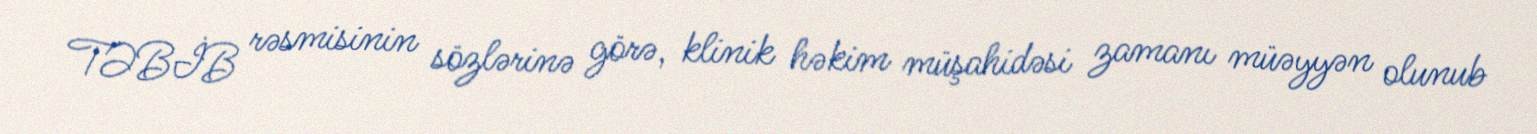
TƏBİB rəsmisinin sözlərinə görə, klinik həkim müşahidəsi zamanı müəyyən olunub